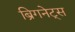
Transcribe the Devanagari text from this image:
ब्रिगनेट्स